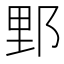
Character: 𨛋